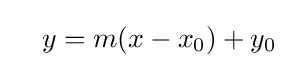
\quad y=m(x-x_{0})+y_{0}